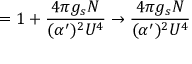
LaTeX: = 1 + \frac { 4 \pi g _ { s } N } { ( \alpha ^ { \prime } ) ^ { 2 } U ^ { 4 } } \rightarrow \frac { 4 \pi g _ { s } N } { ( \alpha ^ { \prime } ) ^ { 2 } U ^ { 4 } }